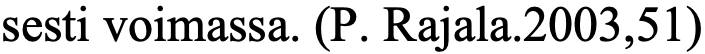
sesti voimassa. (P. Rajala.2003,51)